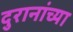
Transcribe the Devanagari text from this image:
दुरानांच्या